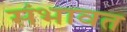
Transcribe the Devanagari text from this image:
संभावत